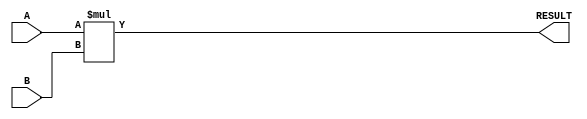
module parameterized_multiplier #(
    parameter WIDTH_A = 8,  // Bit-width of input A
    parameter WIDTH_B = 8,  // Bit-width of input B
    parameter WIDTH_OUT = WIDTH_A + WIDTH_B // Bit-width of output RESULT
)(
    input  wire [WIDTH_A-1:0] A,      // Input A
    input  wire [WIDTH_B-1:0] B,      // Input B
    output wire [WIDTH_OUT-1:0] RESULT // Output RESULT
);

    // Behavioral multiplication
    assign RESULT = A * B;

endmodule